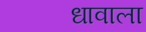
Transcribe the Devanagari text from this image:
धावाला